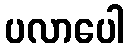
ပလာပေါ